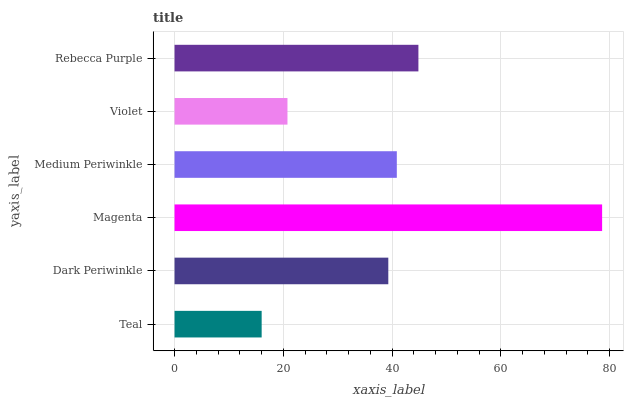
| yaxis_label | bars |
 | --- | --- |
 | Teal | 16 |
 | Dark Periwinkle | 39.3 |
 | Magenta | 78.6 |
 | Medium Periwinkle | 40.9 |
 | Violet | 20.8 |
 | Rebecca Purple | 44.9 |